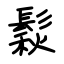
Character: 鬏